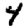
Digit: 4